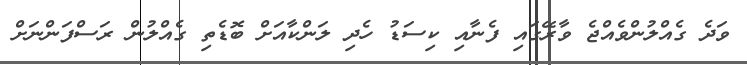
ވަދެ ގެއްލުންވެއްޖެ ވާރޭގައި ފެނާއި ކިސަޑު ހެދި ލަންކާއަށް ބޮޑެތި ގެއްލުން ރަސްފަންނަށް